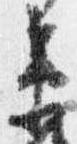
衛